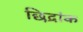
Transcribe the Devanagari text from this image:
छिद्रांक